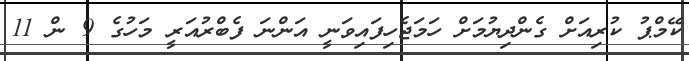
ކޭމްޕު ކުރިއަށް ގެންދިޔުމަށް ހަމަޖެހިފައިވަނީ އަންނަ ފެބްރުއަރީ މަހުގެ 9 ން 11